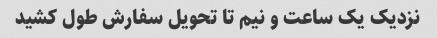
نزدیک یک ساعت و نیم تا تحویل سفارش طول کشید